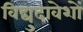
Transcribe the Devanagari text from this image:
विद्युदावेशों